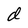
Character: d